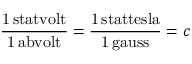
\mathrm { \frac { 1 \, s t a t v o l t } { 1 \, a b v o l t } } = \mathrm { \frac { 1 \, s t a t t e s l a } { 1 \, g a u s s } } = c